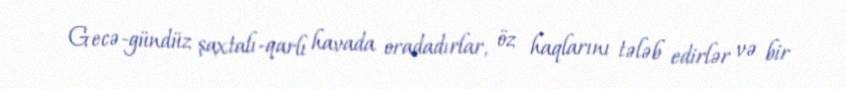
Gecə-gündüz şaxtalı-qarlı havada oradadırlar, öz haqlarını tələb edirlər və bir